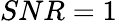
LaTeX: SNR=1